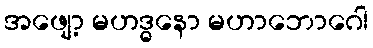
အဖျော့ မဟဒ္ဓနော မဟာဘောဂေါ